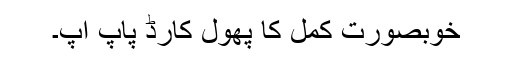
خوبصورت کمل کا پھول کارڈ پاپ اپ۔